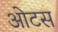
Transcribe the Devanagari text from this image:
ओटस